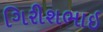
ગિરીશભાઇ